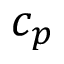
c _ { p }